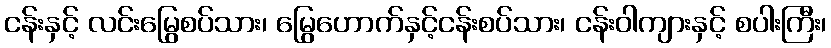
ငန်းနှင့် လင်းမြွေစပ်သား၊ မြွေဟောက်နှင့်ငန်းစပ်သား၊ ငန်းဝါကျားနှင့် စပါးကြီး၊